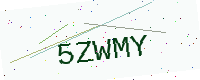
Text: 5ZWMY